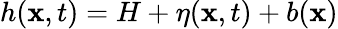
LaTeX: h(\mathbf{x},t)=H+\eta(\mathbf{x},t)+b(\mathbf{x})